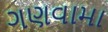
ગણવામા